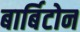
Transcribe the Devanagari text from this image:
बार्बिटोन